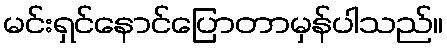
မင်းရှင်နောင်ပြောတာမှန်ပါသည်။